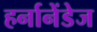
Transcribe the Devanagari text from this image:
हर्नानेंडेज